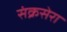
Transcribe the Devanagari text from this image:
संक्रसेरा